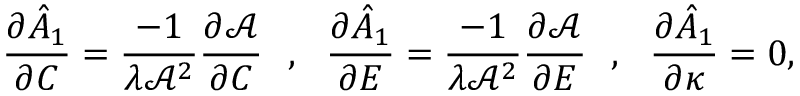
\frac { \partial \hat { A } _ { 1 } } { \partial C } = \frac { - 1 } { \lambda \mathcal { A } ^ { 2 } } \frac { \partial \mathcal { A } } { \partial C } ~ ~ , ~ ~ \frac { \partial \hat { A } _ { 1 } } { \partial E } = \frac { - 1 } { \lambda \mathcal { A } ^ { 2 } } \frac { \partial \mathcal { A } } { \partial E } ~ ~ , ~ ~ \frac { \partial \hat { A } _ { 1 } } { \partial \kappa } = 0 ,